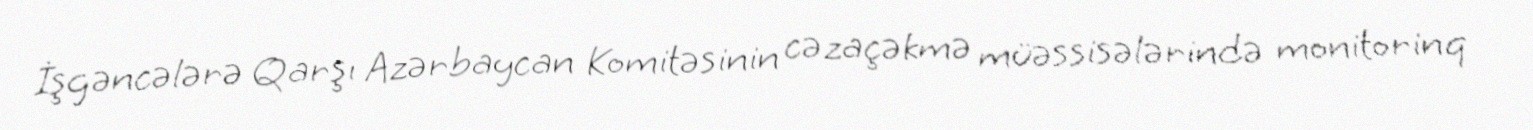
İşgəncələrə Qarşı Azərbaycan Komitəsinin cəzaçəkmə müəssisələrində monitorinq